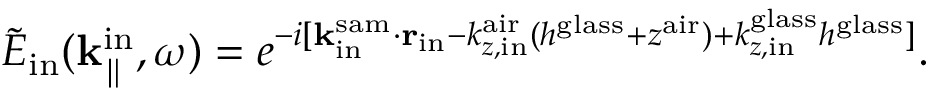
\Tilde { E } _ { \mathrm { i n } } ( { \bf k } _ { \parallel } ^ { \mathrm { i n } } , \omega ) = e ^ { - i [ { \bf k } _ { \mathrm { i n } } ^ { \mathrm { s a m } } \cdot { \bf r _ { \mathrm { i n } } } - k _ { z , \mathrm { i n } } ^ { \mathrm { a i r } } ( h ^ { \mathrm { g l a s s } } + z ^ { \mathrm { a i r } } ) + k _ { z , \mathrm { i n } } ^ { \mathrm { g l a s s } } h ^ { \mathrm { g l a s s } } ] } .